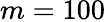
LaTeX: m=100